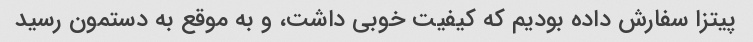
پیتزا سفارش داده بودیم که کیفیت خوبی داشت، و به موقع به دستمون رسید